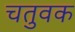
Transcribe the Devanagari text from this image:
चतुवक